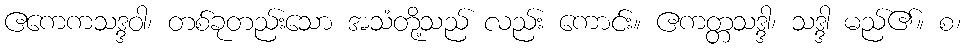
ဧကေကသဒ္ဒဝါ၊ တစ်ခုတည်းသော အသံတို့သည် လည်း ကောင်း။ ဧကတ္တသဒ္ဒါ၊ သဒ္ဒါ မည်၏။ စ၊